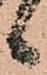
候